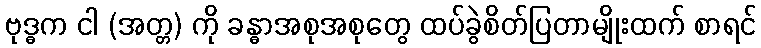
ဗုဒ္ဓက ငါ (အတ္တ) ကို ခန္ဓာအစုအစုတွေ ထပ်ခွဲစိတ်ပြတာမျိုးထက် စာရင်